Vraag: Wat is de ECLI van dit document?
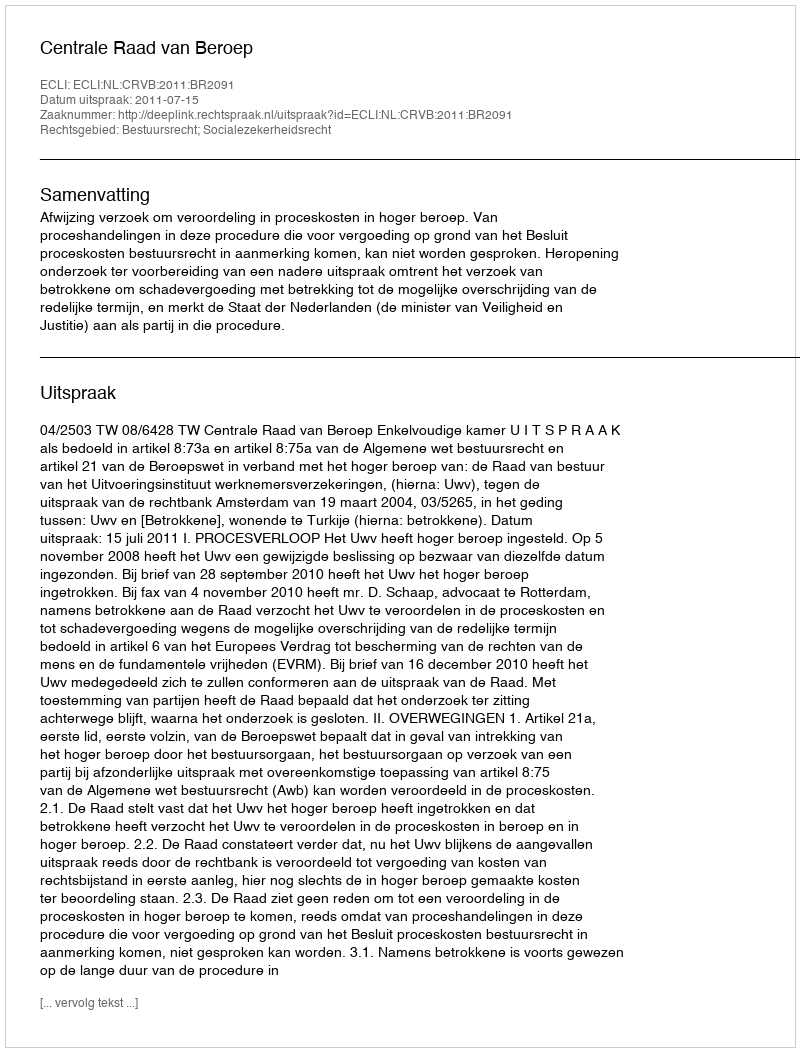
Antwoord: ECLI:NL:CRVB:2011:BR2091